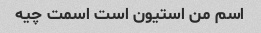
اسم من استیون است اسمت چیه